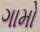
ગામો